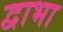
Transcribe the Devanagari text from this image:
द्वाभा